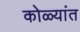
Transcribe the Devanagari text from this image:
कोळ्यांत